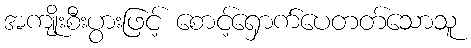
အကျိုးစီးပွားဖြင့် စောင့်ရှောက်ပေတတ်သောသူ